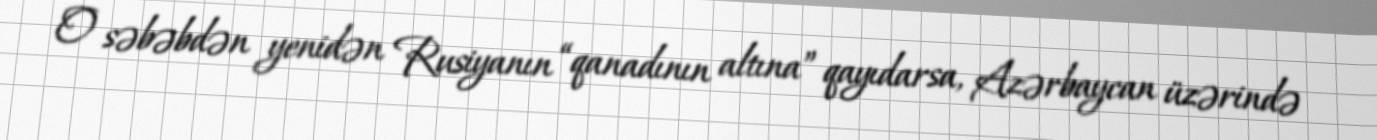
O səbəbdən yenidən Rusiyanın “qanadının altına” qayıdarsa, Azərbaycan üzərində